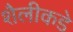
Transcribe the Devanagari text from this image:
शैलीकडे